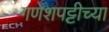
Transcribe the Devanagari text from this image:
गणेशपट्टीच्या